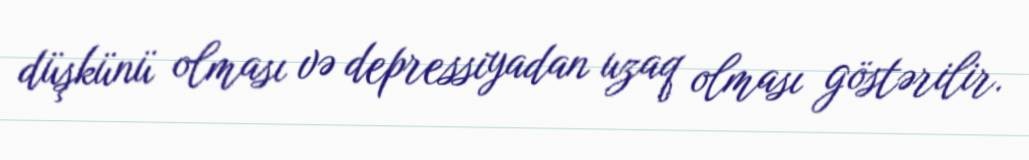
düşkünü olması və depressiyadan uzaq olması göstərilir.